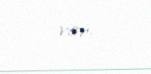
var.